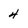
Character: 4